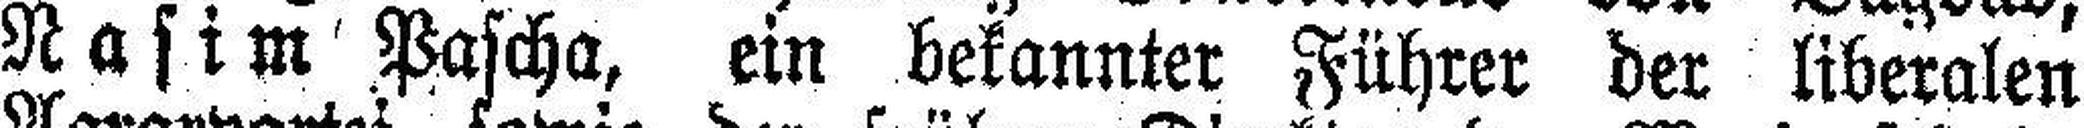
Nasim Pascha, ein bekannter Führer der liberalen